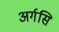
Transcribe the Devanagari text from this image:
अर्गसि